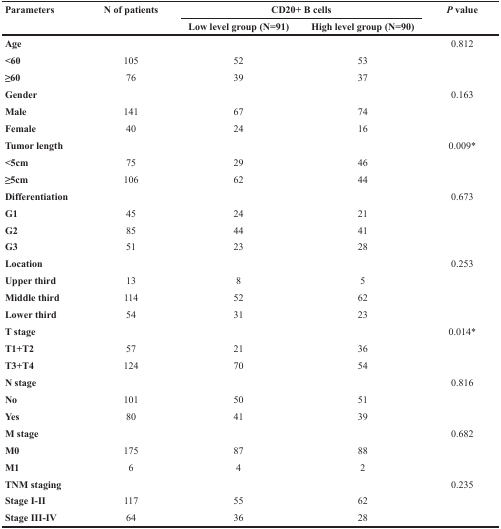
<table><thead><tr><td rowspan="2"><b>Parameters</b></td><td rowspan="2"><b>N of patients</b></td><td colspan="2"><b>CD20+ B cells</b></td><td rowspan="2"><b><i>P</i> value</b></td></tr><tr><td><b>Low level group (N=91)</b></td><td><b>High level group (N=90)</b></td></tr></thead><tbody><tr><td><b>Age</b></td><td></td><td></td><td></td><td>0.812</td></tr><tr><td><b>&lt;60</b></td><td>105</td><td>52</td><td>53</td><td></td></tr><tr><td><b>≥60</b></td><td>76</td><td>39</td><td>37</td><td></td></tr><tr><td><b>Gender</b></td><td></td><td></td><td></td><td>0.163</td></tr><tr><td><b>Male</b></td><td>141</td><td>67</td><td>74</td><td></td></tr><tr><td><b>Female</b></td><td>40</td><td>24</td><td>16</td><td></td></tr><tr><td><b>Tumor length</b></td><td></td><td></td><td></td><td>0.009*</td></tr><tr><td><b>&lt;5cm</b></td><td>75</td><td>29</td><td>46</td><td></td></tr><tr><td><b>≥5cm</b></td><td>106</td><td>62</td><td>44</td><td></td></tr><tr><td><b>Differentiation</b></td><td></td><td></td><td></td><td>0.673</td></tr><tr><td><b>G1</b></td><td>45</td><td>24</td><td>21</td><td></td></tr><tr><td><b>G2</b></td><td>85</td><td>44</td><td>41</td><td></td></tr><tr><td><b>G3</b></td><td>51</td><td>23</td><td>28</td><td></td></tr><tr><td><b>Location</b></td><td></td><td></td><td></td><td>0.253</td></tr><tr><td><b>Upper third</b></td><td>13</td><td>8</td><td>5</td><td></td></tr><tr><td><b>Middle third</b></td><td>114</td><td>52</td><td>62</td><td></td></tr><tr><td><b>Lower third</b></td><td>54</td><td>31</td><td>23</td><td></td></tr><tr><td><b>T stage</b></td><td></td><td></td><td></td><td>0.014*</td></tr><tr><td><b>T1+T2</b></td><td>57</td><td>21</td><td>36</td><td></td></tr><tr><td><b>T3+T4</b></td><td>124</td><td>70</td><td>54</td><td></td></tr><tr><td><b>N stage</b></td><td></td><td></td><td></td><td>0.816</td></tr><tr><td><b>No</b></td><td>101</td><td>50</td><td>51</td><td></td></tr><tr><td><b>Yes</b></td><td>80</td><td>41</td><td>39</td><td></td></tr><tr><td><b>M stage</b></td><td></td><td></td><td></td><td>0.682</td></tr><tr><td><b>M0</b></td><td>175</td><td>87</td><td>88</td><td></td></tr><tr><td><b>M1</b></td><td>6</td><td>4</td><td>2</td><td></td></tr><tr><td><b>TNM staging</b></td><td></td><td></td><td></td><td>0.235</td></tr><tr><td><b>Stage I-II</b></td><td>117</td><td>55</td><td>62</td><td></td></tr><tr><td><b>Stage III-IV</b></td><td>64</td><td>36</td><td>28</td><td></td></tr></tbody></table>